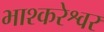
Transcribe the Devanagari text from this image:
भाश्करेश्वर